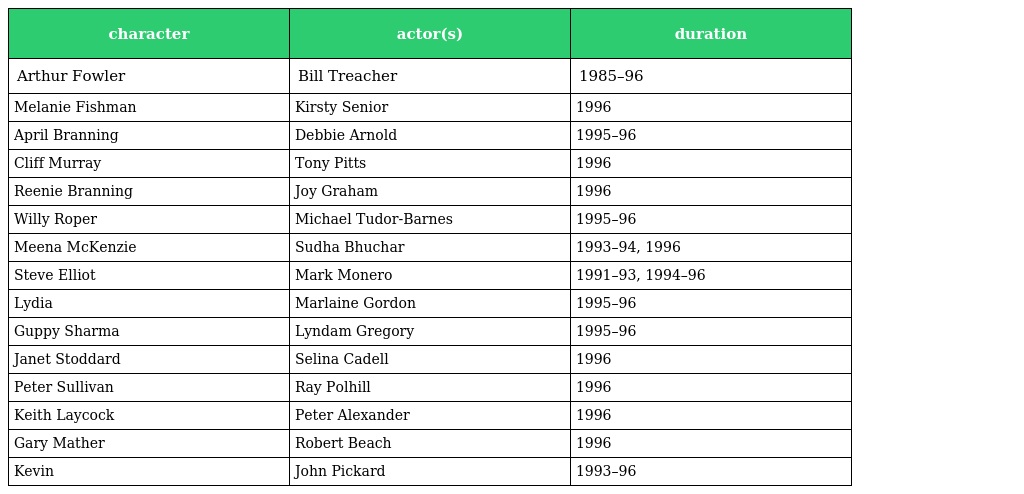
| character | actor(s) | duration |
 | --- | --- | --- |
 | Arthur Fowler | Bill Treacher | 1985–96 |
 | Melanie Fishman | Kirsty Senior | 1996 |
 | April Branning | Debbie Arnold | 1995–96 |
 | Cliff Murray | Tony Pitts | 1996 |
 | Reenie Branning | Joy Graham | 1996 |
 | Willy Roper | Michael Tudor-Barnes | 1995–96 |
 | Meena McKenzie | Sudha Bhuchar | 1993–94, 1996 |
 | Steve Elliot | Mark Monero | 1991–93, 1994–96 |
 | Lydia | Marlaine Gordon | 1995–96 |
 | Guppy Sharma | Lyndam Gregory | 1995–96 |
 | Janet Stoddard | Selina Cadell | 1996 |
 | Peter Sullivan | Ray Polhill | 1996 |
 | Keith Laycock | Peter Alexander | 1996 |
 | Gary Mather | Robert Beach | 1996 |
 | Kevin | John Pickard | 1993–96 |